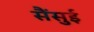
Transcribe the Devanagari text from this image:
सैंसुई